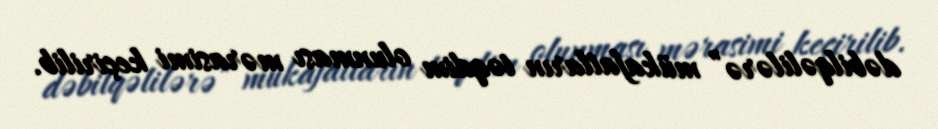
dəbilqəlilərə” mükafatların təqdim olunması mərasimi keçirilib.